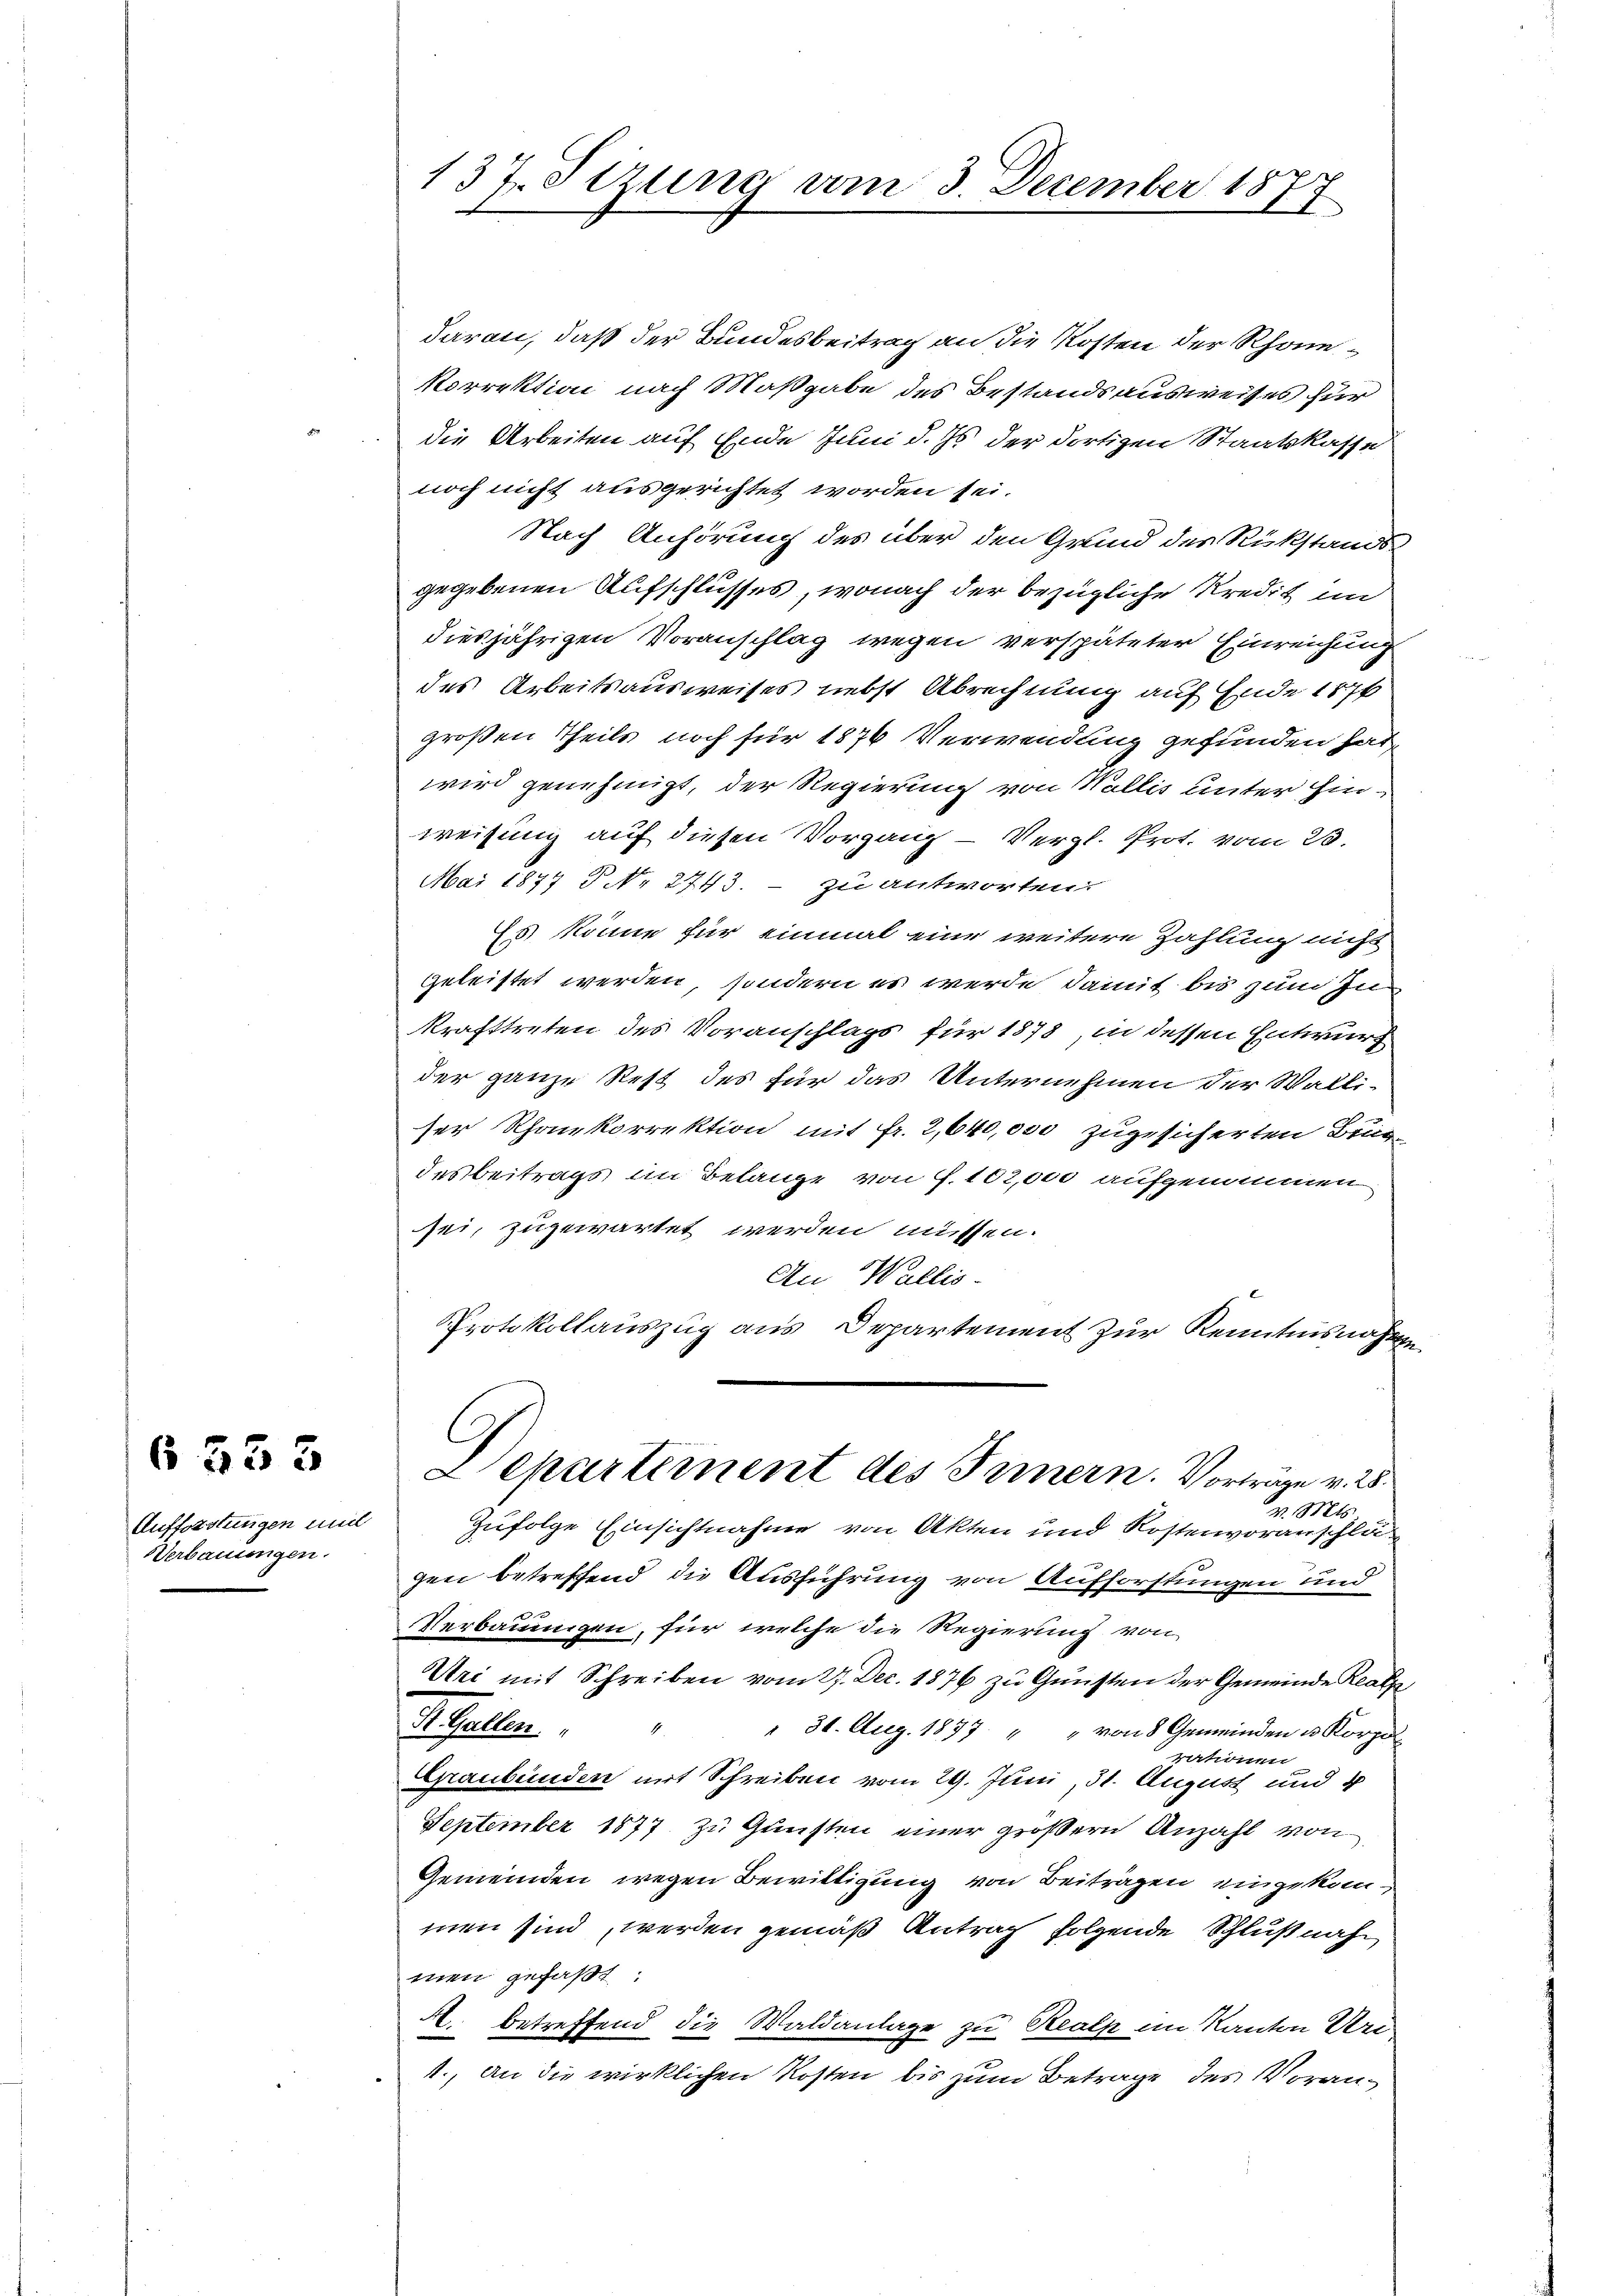
Aufforstungen und
Verbauungen.

6553

137. Sizung am 3. December 1877

daran, daß der Bundesbeitrag an die Kosten der Rhonekorrektion nach Maßgabe des Bestandsausweises für
die Arbeiten auf Ende Juni d. Js. der dortigen Staatskasse
noch nicht ausgerichtet worden sei.
Nach Anhörung des über den Grund des Rükstands
gegebenen Aufschlusses, wonach der bezügliche Kredit in
diesjährigen Voranschlag wegen verspäteter Einreichung
des Arbeitsausweises nebst Abrechnung auf Ende 1876
großen Theils noch für 1876 Verwendung gefunden Par-
wird genehmigt, der Regierung von Wallis unter Ein-
weisung auf diesen Vorgang - Vergl. Prot. vom 23.
Mai 1877 P N. 2743. – zu antworten:
Es könne für einmal eine weitere Zahlung nicht
geleistet werden, sondern es werde damit bis zum Inn
krafttreten des Voranschlags für 1878, in dessen Entwurf
der ganze Rest des für das Unternehmen der Walli-
ser Rhonkorrektion mit fr. 2,640,000 zugesicherten Bei-
desbeitrags im Belange von f. 102,000 aufgenommen
sei, zugewartet werden müssen.
An Wallis.
Protokollauszug aus Departement zur Kenntnisnahm
Departiment des Innern. Vortrage v. 25.
v. Mts.
Zufolge Einsichtnahme von Akten und Kostenvoranschlägen betreffend die Ausführung von Aufforstungen und
Verbauungen, für welche die Regierung von
Uri mit Schreiben vom 27. Dec. 1876 zu Gunsten der Gemeinde Realp¬
R. Gallen.
4
" 31. Aug. 1877 " " von 8 Gemeinden u. Korpo
rationen
Graubünden mit Schreiben vom 29. Juni, 31. August und 4
September 1877 zu Gunsten einer größern Anzahl von
Gemeinden wegen Bewilligung von Beiträgen eingekommen sind, werden gemäß Antrag folgende Schlußnahmen gefaßt:
A. betreffend die Waldanlage zu Realp im Kanton Uri
11., an die wirklichen Kosten bis zum Betrage des Voran¬